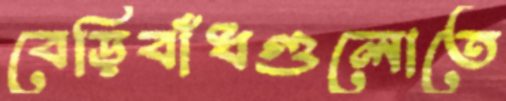
বেড়িবাঁধগুলোতে